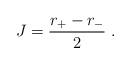
LaTeX: \begin{align*} J = \dfrac{r_+-r_-}{2} \ .\end{align*}